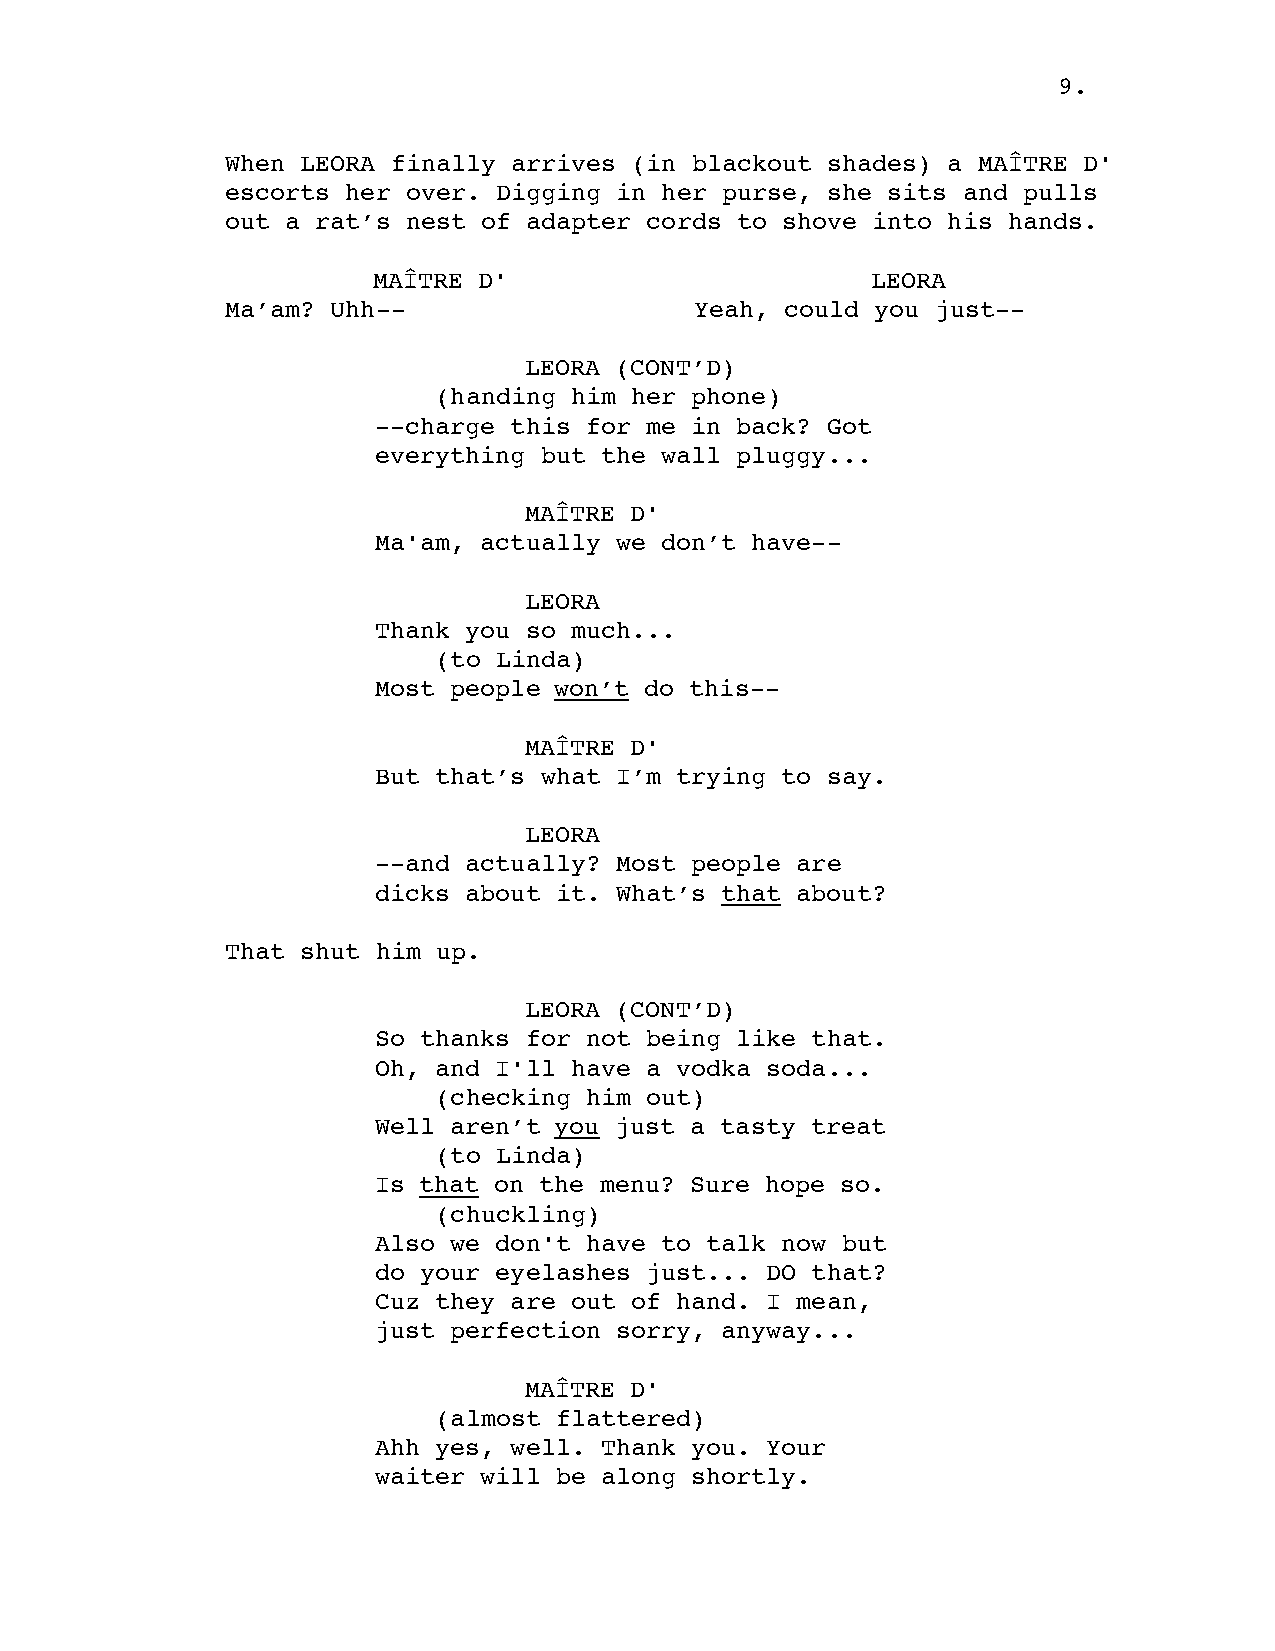
9.
 When LEORA finally arrives (in blackout shades) a MAÎTRE D'
 escorts her over. Digging in her purse, she sits and pulls
 out a rat’s nest of adapter cords to shove into his hands.
 MAÎTRE D'                        LEORA
 Ma’am? Uhh--                   Yeah, could you just--
 LEORA (CONT’D)
 (handing him her phone)
 --charge this for me in back? Got
 everything but the wall pluggy...
 MAÎTRE D'
 Ma'am, actually we don’t have--
 LEORA
 Thank you so much...
 (to Linda)
 Most people won’t do this--
 MAÎTRE D'
 But that’s what I’m trying to say.
 LEORA
 --and actually? Most people are
 dicks about it. What’s that about?
 That shut him up.
 LEORA (CONT’D)
 So thanks for not being like that.
 Oh, and I'll have a vodka soda...
 (checking him out)
 Well aren’t you just a tasty treat
 (to Linda)
 Is that on the menu? Sure hope so.
 (chuckling)
 Also we don't have to talk now but
 do your eyelashes just... DO that?
 Cuz they are out of hand. I mean,
 just perfection sorry, anyway...
 MAÎTRE D'
 (almost flattered)
 Ahh yes, well. Thank you. Your
 waiter will be along shortly.